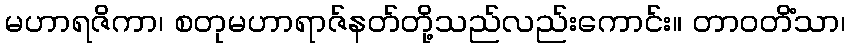
မဟာရဇိကာ၊ စတုမဟာရာဇ်နတ်တို့သည်လည်းကောင်း။ တာဝတိံသာ၊